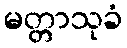
မတ္တာသုခံ